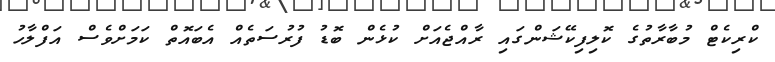
ކްރިކެޓް މުބާރާތުގެ ކޮލިފިކޭޝަންގައި ރާއްޖެއަށް ކުޅެން ބޮޑު ފުރުސަތެއް އެބައޮތް ކަމަށްވެސް އަފްލާހު